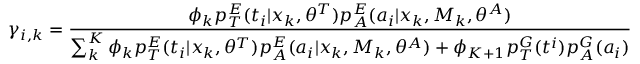
\gamma _ { i , k } = \frac { \phi _ { k } p _ { T } ^ { E } ( t _ { i } | x _ { k } , \theta ^ { T } ) p _ { A } ^ { E } ( a _ { i } | x _ { k } , M _ { k } , \theta ^ { A } ) } { { \sum _ { k } ^ { K } \phi _ { k } p _ { T } ^ { E } ( t _ { i } | x _ { k } , \theta ^ { T } ) p _ { A } ^ { E } ( a _ { i } | x _ { k } , M _ { k } , \theta ^ { A } ) + \phi _ { K + 1 } p _ { T } ^ { G } ( t ^ { i } ) p _ { A } ^ { G } ( a _ { i } ) } }